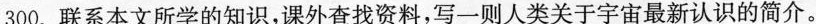
300.联系本文所学的知识，课外查找资料，写一则人类关于宇宙最新认识的简介。